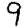
Digit: 9